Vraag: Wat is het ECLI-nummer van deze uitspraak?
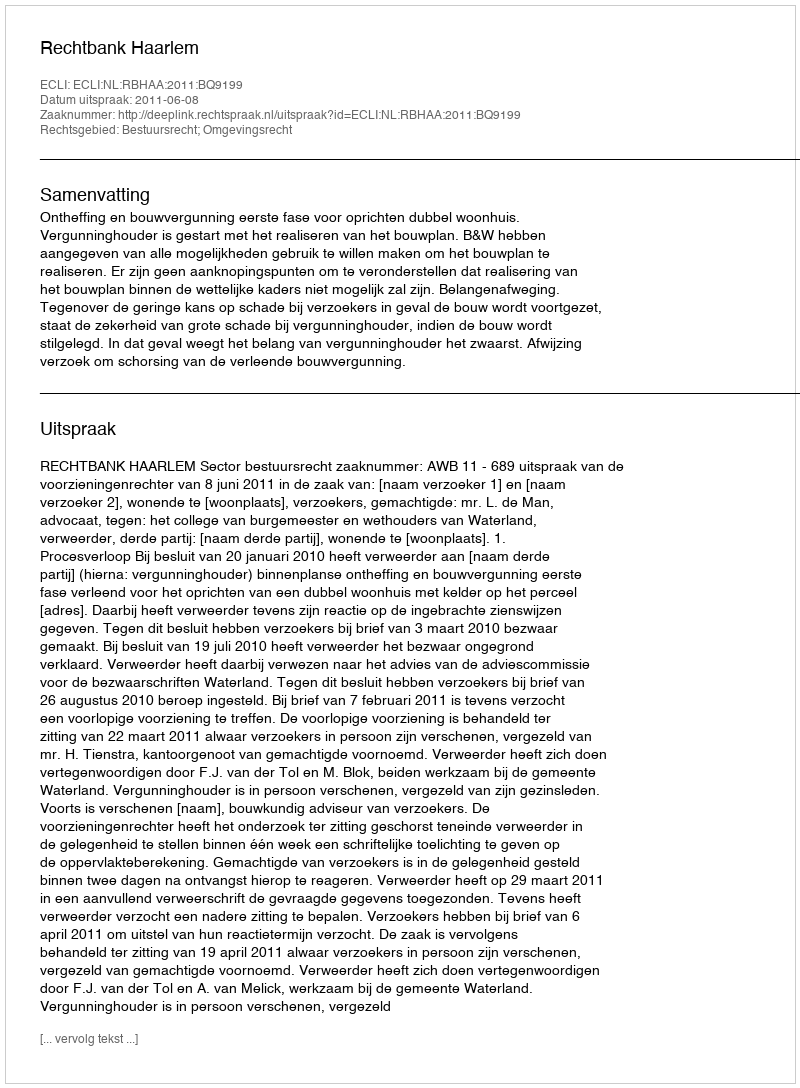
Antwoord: ECLI:NL:RBHAA:2011:BQ9199